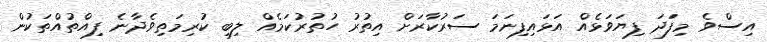
އިސްވެ މިފަަދަ ފިޔަވަޅެއް އަޅައިފިނަމަ ސަރުކާރަށް އިތުރު ހުތުރުކަމެއް ލިބި ކުރިމަތިވެދާނެ ފިއްތުއްތަކުން